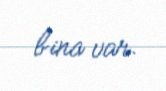
bina var.